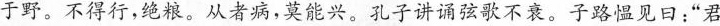
子于野。不得行，绝粮。从者病，莫能兴。孔子讲诵弦歌不衰。子路愠见日：”君